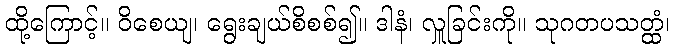
ထို့ကြောင့်။ ဝိစေယျ၊ ရွေးချယ်စိစစ်၍။ ဒါနံ၊ လှူခြင်းကို။ သုဂတပသတ္ထံ၊